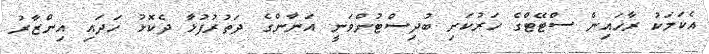
އެކަމަކު ރާޚައިން ސްޓޭޓްގެ ހަރުކަށި ބުދިސްޓުންވަނީ އަނާންގެ ދަތުރުފުޅާ ދެކޮޅު ހަދައި އިންޒާރު